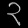
Digit: ၃